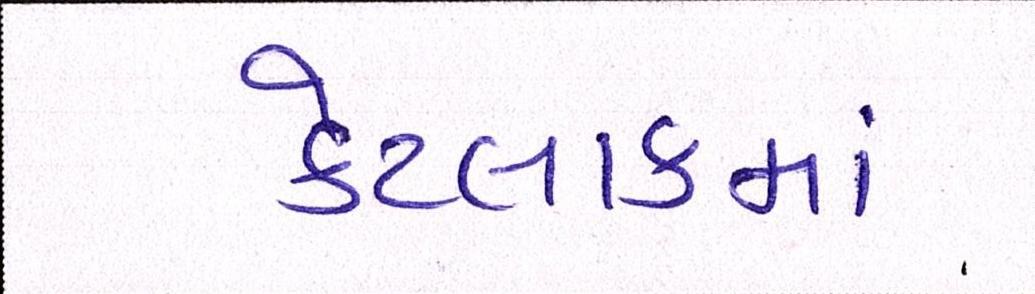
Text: કેટલાકમાં